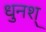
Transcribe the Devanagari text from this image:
धुनश्